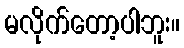
မလိုက်တော့ပါဘူး။